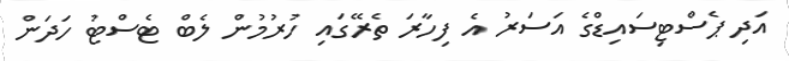
އަދި ޕެސްޓިސައިޑްގެ އަސަރު އެ ފިހާރަ ތެރޭގައި ހުރުމުން ލެބް ޓެސްޓު ހަދަން